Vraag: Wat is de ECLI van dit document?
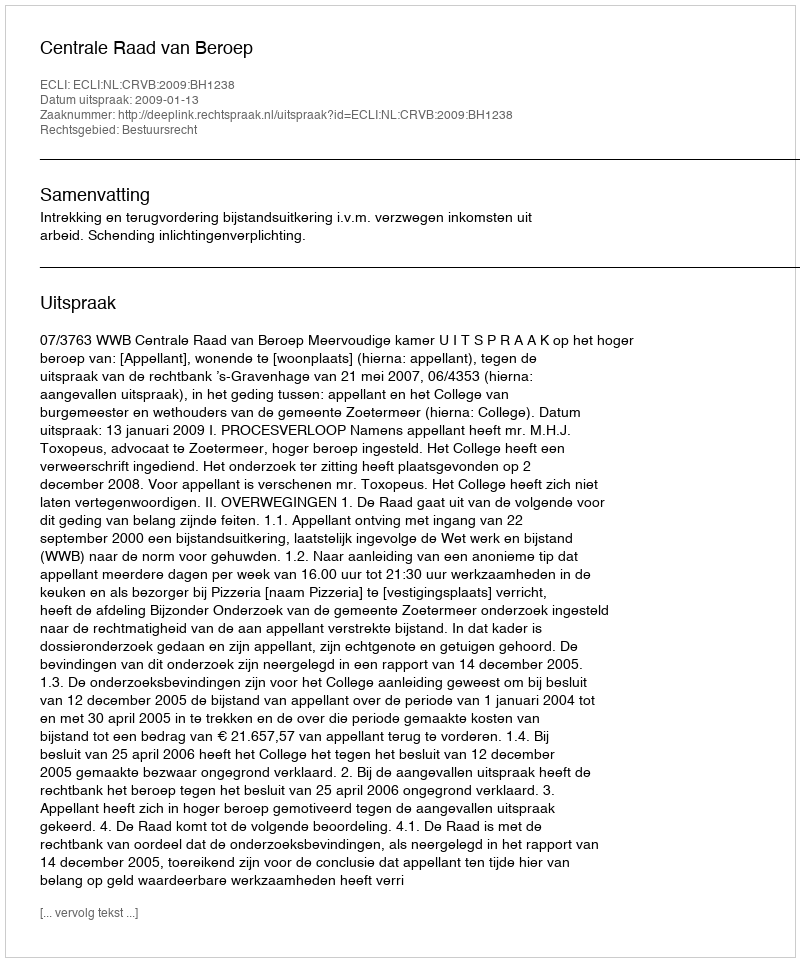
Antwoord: ECLI:NL:CRVB:2009:BH1238